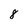
Character: 8